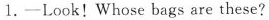
1. -Look!Whose bags are these?